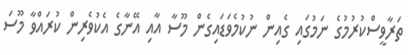
ތަރާވީސްކުރުމުގެ ނަމުގައި ގެއިން ނުކުމެވަޑައިގެން މޫސާ އާއި އޭނާގެ އެކުވެރިން ކުރައްވާ މޫސަ